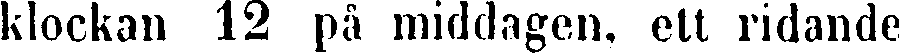
klockan 12 på middagen, ett ridande